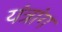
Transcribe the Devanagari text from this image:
यंत्रांग